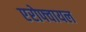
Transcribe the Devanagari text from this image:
एरोफ्वायल